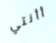
أأنتي